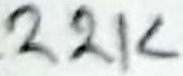
Text: 22K